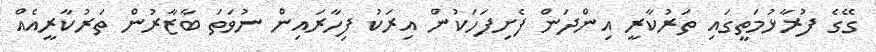
ގޭގެ ފުރާޅުމަތީގައި ތަރުކާރީ އިންދަން ފެށިފަހަކުން އިރަކު ފިހާރައިން ނުވަތަ ބާޒާރުން ތަރުކާރީއެއް